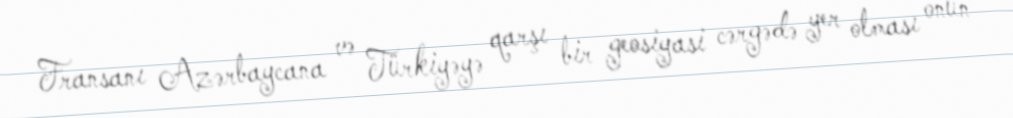
Fransanı Azərbaycana və Türkiyəyə qarşı bir geosiyasi cərgədə yer olması onun